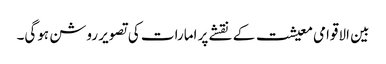
بین الاقوامی معیشت کے نقشے پر امارات کی تصویر روشن ہوگی۔